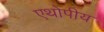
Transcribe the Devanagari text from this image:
एथोपीय